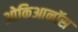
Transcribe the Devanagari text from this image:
ओकिआनॉस